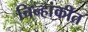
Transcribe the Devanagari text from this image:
चिन्हांकीत